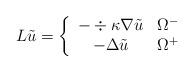
LaTeX: \begin{align*}L \tilde u = \left\{ \begin{array}{cc}-\div \kappa \nabla \tilde u & \Omega^-\\-\Delta \tilde u & \Omega^+ \end{array}\right.\end{align*}